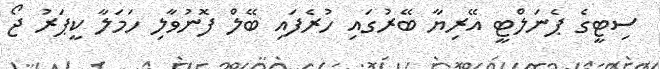
ސިޓީގެ ޕެނަލްޓީ އޭރިޔާ ބޭރުގައި ހުރެފައި ބޭލް ފޮނުވާލި ހަމަލާ ކީޕަރު ޖޯ